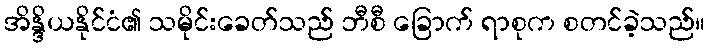
အိန္ဒိယနိုင်ငံ၏ သမိုင်းခေတ်သည် ဘီစီ ခြောက် ရာစုက စတင်ခဲ့သည်။